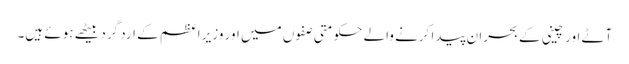
آٹے اور چینی کے بحران پیدا کرنے والے حکومتی صفوں میں اور وزیر اعظم کے ارد گرد بیٹھے ہوئے ہیں۔